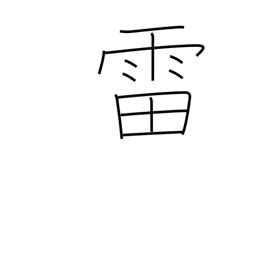
Meaning: thunder